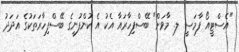
"އެސްޓީއޯ ފާމަސީ ލ. މާވަށް" ބޭސްފިހާރައާ އެކު އެ ކުންފުނީގެ ބޭސްފިހާރަތަކުގެ އަދަދު